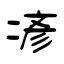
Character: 𫝏